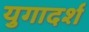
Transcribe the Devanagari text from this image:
युगादर्श